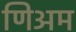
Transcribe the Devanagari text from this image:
णिअम